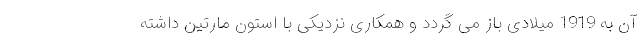
آن به 1919 میلادی باز می گردد و همکاری نزدیکی با استون مارتین داشته